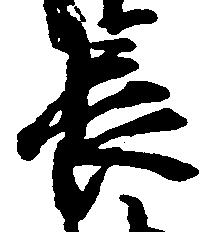
長